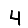
Digit: 4